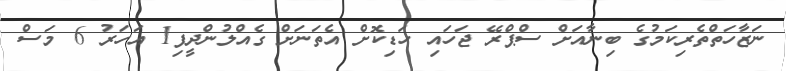
ނަޒާހަތްތެރިކަމުގެ ބިނާއަށް ސްޕްރޭ ޖަހައި ހަޑިކޮށް އެތަނަށް ގެއްލުންދީފި1 އަހަރު 6 މަސް